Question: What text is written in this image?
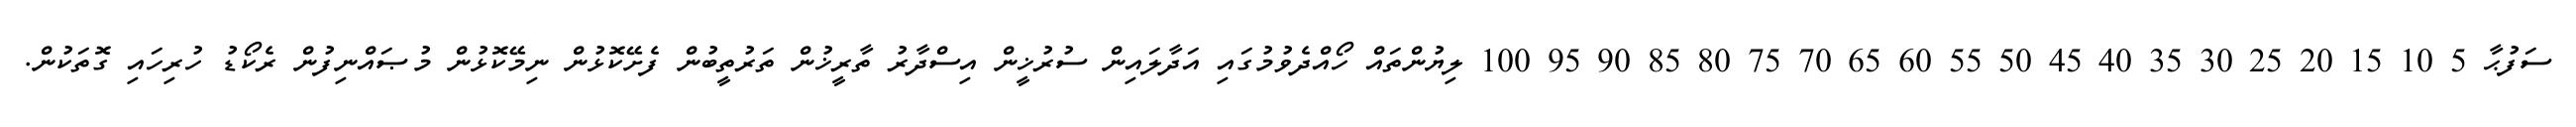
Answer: ސަފުޙާ 5 10 15 20 25 30 35 40 45 50 55 60 65 70 75 80 85 90 95 100 ލިޔުންތައް ހޯއްދެވުމުގައި އަދާލައިން ސުރުޚީން އިސްދާރު ތާރީޚުން ތަރުތީބުން ފެށޭކޮޅުން ނިމޭކޮޅުން މުޞައްނިފުން ރެކޯޑު ހުރިހައި ގޮތަކުން.